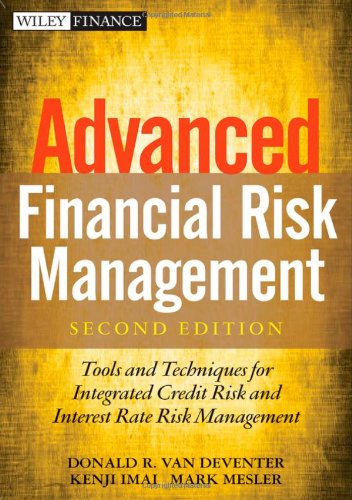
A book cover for Advanced Financial Risk Management: Tools and Techniques for Integrated Credit Risk and Interest Rate Risk Management; Donald R. Van Deventer; Business & Money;